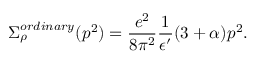
\Sigma _ { \rho } ^ { o r d i n a r y } ( p ^ { 2 } ) = { \frac { e ^ { 2 } } { 8 \pi ^ { 2 } } } { \frac { 1 } { \epsilon ^ { \prime } } } ( 3 + \alpha ) p ^ { 2 } .